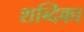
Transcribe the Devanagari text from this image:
शब्दिका